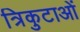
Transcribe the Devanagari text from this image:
त्रिकुटाओं